Report on sanitation, dispensaries, and jails in Rajputana for 1911, and on vaccination for the year 1911-1912 - 1911-1912
Year: 1911
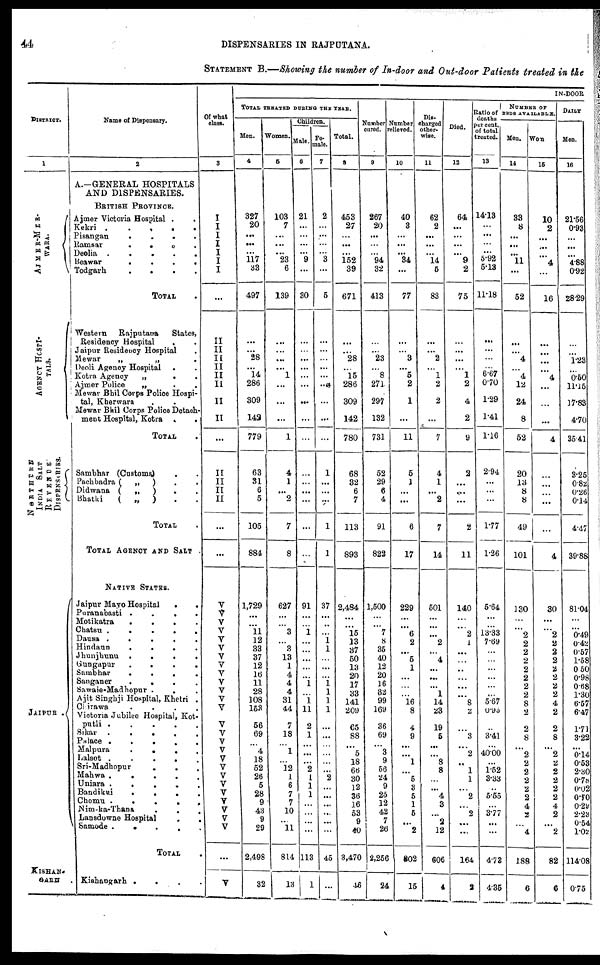
44
DISPENSARIES IN RAJPUTANA.
STATEMENT B.—Showing the number of In-door and Out-door Patients treated in the
DISTRICT.
1
AJMER-MER¬
WARA.
AGE NCY HOSPI ¬
-----
NORTHERN
INDIA SALT
REVENUE
DISPENSARIES.
JAIPUR .
KISHAN¬
GARH .
Name of Dispensary.
2
A.—GENERAL HOSPITALS
AND DISPENSARIES.
BRITISH PROVINCE.
Ajmer Victoria Hospital .
.
Kekri .
.
.
.
.
Pisangan
.
.
.
.
Ramsar
.
.
.
.
Deolia
.
.
.
.
.
Beawar
.
.
.
.
Todgarh
.
.
.
.
TOTAL .
Western
Rajputarta
States,
Residency Hospital
. .
Jaipur Residency Hospital .
Mewar
„
„ .
Deoli Agency Hospital
. .
Kotra Agency
„
. .
Ajmer Police
„ . .
Mewar Bhil Corps Police Hospi-
tal, Kherwara . .
Mewar Bhil Corps Police Detach¬
ment Hospital, Kotra .
.
TOTAL .
Sambhar (Customs) . .
Pachbadra (
„
) . .
Didwana (
„
)
. .
Bhatki
(
„
) . .
TOTAL
TOTAL AGENCY AND SALT
NATIVE STATES.
Jaipur Mayo Hospital
.
.
Puranaoasti .
.
.
.
Motikatra
.
.
.
.
Chatsu .
.
.
.
.
Dausa .
.
.
.
.
Hindann
.
.
.
.
Jhunjhunu
.
.
.
.
Gungapur
.
.
.
.
Sambhar
.
.
.
.
Sanganer
.
.
.
.
Sawaie-Madhopur . . .
Ajit Singhji Hospital, Khetri .
Chtrawa
.
.
.
.
Victoria Jubilee Hospital, Kot¬
putli .
.
.
.
.
Sikar
.
.
.
.
.
Palace .
.
.
.
.
Malpura
.
.
. .
Lalsot .
.
.
.
.
Sri-Madhopur
. . .
Mahwa .
.
.
.
.
Uniara
.
.
.
.
Bandikm
.
.
.
.
Chomu .
.
.
.
.
Nim-ka-Thana . . .
Lansdowne Hospital
.
.
Samode .
.
.
.
.
TOTAL .
Kishangarh .
. . .
Of what
class.
3
I
I
I
I
I
I
I
...
II
II
II
II
II
II
II
II
...
II
II
II
II
...
...
V
V
V
V
V
V
V
V
V
V
V
V
V
V
V
V
V
V
V
V
V
V
V
V
V
V
...
V
IN-DOOR
TOTAL TREATED DURING THE YEAR.
Men.
4
327
20
...
...
...
117
33
497
...
...
28
...
14
286
309
142
779
63
31
6
5
105
884
1,729
...
...
11
12
33
37
12
16
11
28
108
153
56
69
...
4
18
52
26
5
28
9
43
9
29
2,498
32
Women.
5
103
7
...
...
...
23
6
139
...
...
...
...
1
...
...
...
1
4
1
...
2
7
8
627
...
...
3
...
3
13
1
4
4
4
31
44
7
18
...
1
...
12
1
6
7
7
10
...
11
814
13
Children.
Male.
6
21
...
...
...
...
9
...
30
...
...
...
...
...
...
...
...
...
...
...
...
...
...
...
91
...
...
1
...
...
...
...
...
1
...
1
11
2
1
...
...
...
2
1
1
1
...
...
...
...
113
1
Fe¬
male.
7
2
...
...
...
...
3
...
5
...
...
...
...
...
...
...
...
...
1
...
...
...
1
1
37
...
...
...
1
1
...
...
...
1
1
1
1
...
...
...
...
...
2
...
...
...
...
...
...
45
...
Total.
8
453
27
...
...
...
152
39
671
...
...
28
...
15
286
309
142
780
68
32
6
7
113
893
2,484
...
...
15
13
37
50
13
20
17
33
141
209
65
88
...
5
18
66
30
12
36
36
53
9
40
3,470
46
Number
cured.
9
267
20
...
...
...
94
32
413
...
...
23
...
8
271
297
132
731
52
29
6
4
91
822
1,500
...
...
7
8
35
40
12
20
16
32
99
169
36
69
...
3
9
56
24
9
25
12
42
7
26
2,256
24
Number
relieved.
10
40
3
...
...
...
34
...
77
...
...
3
...
5
2
1
...
11
5
1
...
...
6
17
229
...
...
6
2
...
5
1
...
...
...
16
8
4
9
...
...
1
...
5
3
5
1
5
...
2
802
15
Dis¬
charged
other-
wise.
11
62
2
...
...
...
14
5
83
...
...
2
...
1
2
2
...
7
4
1
...
2
7
14
501
...
...
...
2
...
4
...
...
...
1
14
23
19
5
...
...
8
8
...
...
4
3
...
2
12
606
4
Died.
12
64
...
...
...
...
9
2
75
...
...
...
...
1
2
4
2
9
2
...
...
...
2
11
140
...
...
2
1
...
...
...
...
...
...
8
2
...
3
...
2
...
1
1
...
2
...
2
...
...
164
3
Ratio of
deaths
per cent.
of total
treated.
13
14.13
...
...
...
...
5.92
5.13
11.18
...
...
...
...
6.67
0.70
1.29
1.41
1.16
2.94
...
...
...
1.77
1.26
5.64
...
...
13.33
7.69
...
...
...
...
...
...
5.67
0.93
...
3.41
...
40.00
...
1.52
3.33
...
5.55
...
3.77
...
...
4.73
4.35
NUMBER OF
BEDS AVAILABLE.
Men.
14
33
8
...
...
...
11
...
52
...
...
4
...
4
12
24
8
52
20
13
8
8
49
101
130
...
...
2
2
2
2
2
2
2
2
8
2
2
8
...
2
2
2
2
2
2
4
2
...
4
188
6
Wom
15
10
2
...
...
...
4
...
16
...
...
...
...
4
...
...
...
4
...
...
...
...
...
4
30
...
...
2
2
2
2
2
2
2
2
4
2
2
8
...
2
2
2
2
2
2
4
2
...
2
82
6
DAILY
Men.
16
21.56
0.93
...
...
...
4.88
0.92
28.29
...
...
1.23
...
0.50
11.15
17.83
4.70
35.41
3.25
0.82
0.26
0.14
4.47
39.88
81.04
...
...
0.49
0.42
0.57
1.58
0.50
0.98
0.68
1.30
6.57
6.47
1.71
3.22
...
0.14
0.53
2.30
0.78
0.02
0.70
0.29
2.23
0.54
1.02
114.08
0.75